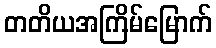
တတိယအကြိမ်မြောက်